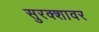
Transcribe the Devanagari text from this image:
सुरक्शावर